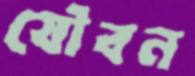
যৌবন